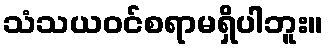
သံသယဝင်စရာမရှိပါဘူး။